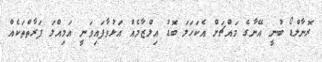
ރޮނާލްޑޯ ބުނީ އޭނާގެ މައްޗަށް އެކަހަލަ ބޮޑު އިލްޒާމެއް އަޅުވާފައިވަނީ އަމިއްލަ ފަރާތްތަކެއް